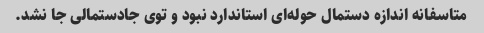
متاسفانه اندازه دستمال حوله‌ای استاندارد نبود و توی جادستمالی جا نشد.